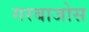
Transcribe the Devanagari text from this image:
गरबाजोस